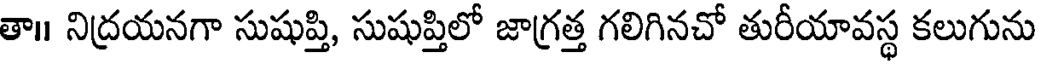
తా॥ నిద్రయనగా సుషుప్తి, సుషుప్తిలో జాగ్రత్త గలిగినచో తురీయావస్థ కలుగును